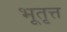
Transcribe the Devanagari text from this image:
भूतृत्त